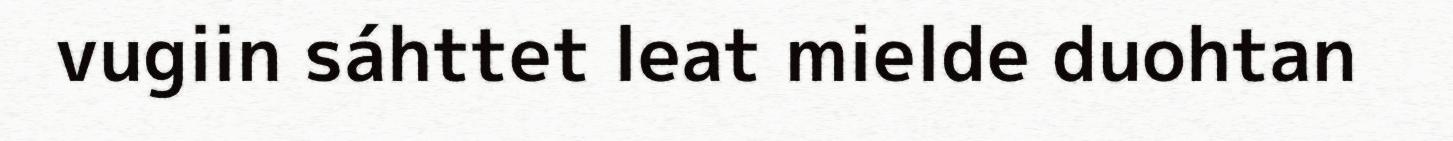
vugiin sáhttet leat mielde duohtan